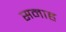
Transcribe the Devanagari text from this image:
सनाह